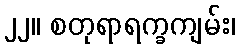
၂၂။ စတုရာရက္ခကျမ်း၊